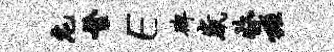
庀繁E碑崴收旌